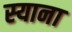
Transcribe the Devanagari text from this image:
स्‍याना